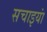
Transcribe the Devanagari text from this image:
सचाइयां